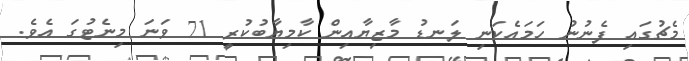
މެޗުގައި ފެނުނު ހަމައެކަނި ލަނޑު މާޒިޔާއިން ކާމިޔާބުކުރީ 71 ވަނަ މިނެޓުގަ އެވެ.